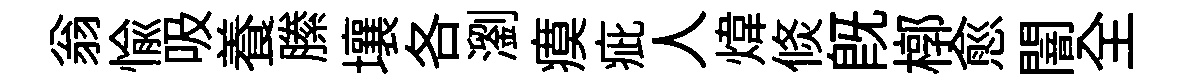
翁愉吸養縢壤各瀏瘼疵人煒倐旣槨愈闇全